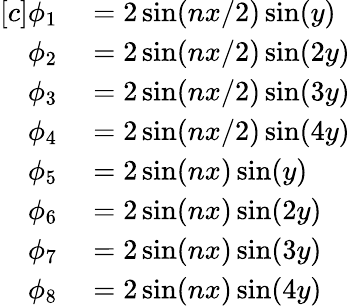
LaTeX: \begin{array}{rl}{[c]\phi_{1}}&{{}=2\sin(nx/2)\sin(y)}\\ {\phi_{2}}&{{}=2\sin(nx/2)\sin(2y)}\\ {\phi_{3}}&{{}=2\sin(nx/2)\sin(3y)}\\ {\phi_{4}}&{{}=2\sin(nx/2)\sin(4y)}\\ {\phi_{5}}&{{}=2\sin(nx)\sin(y)}\\ {\phi_{6}}&{{}=2\sin(nx)\sin(2y)}\\ {\phi_{7}}&{{}=2\sin(nx)\sin(3y)}\\ {\phi_{8}}&{{}=2\sin(nx)\sin(4y)}\end{array}